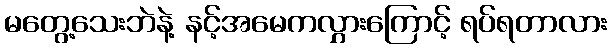
မတွေ့သေးဘဲနဲ့ နင့်အမေကလွှားကြောင့် ရပ်ရတာလား